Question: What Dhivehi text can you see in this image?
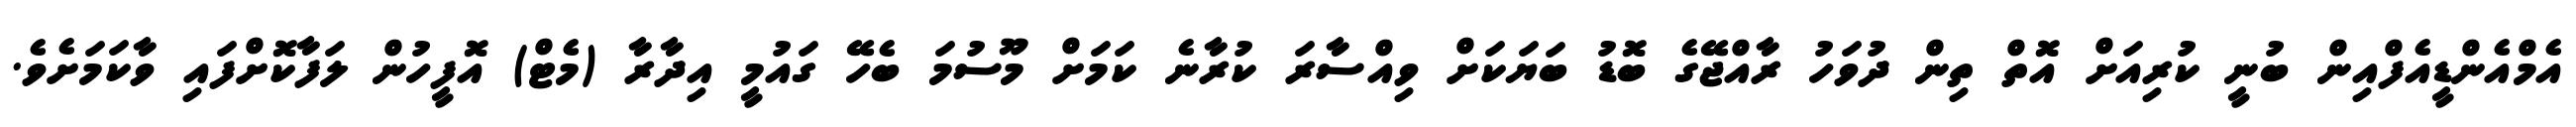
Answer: އެމްއެންޑީއެފްއިން ބުނީ ކުރިއަށް އޮތް ތިން ދުވަހު ރާއްޖޭގެ ބޮޑު ބަޔަކަށް ވިއްސާރަ ކުރާނެ ކަމަށް މޫސުމަ ބެހޭ ގައުމީ އިދާރާ (މެޓް) އޮފީހުން ލަފާކޮށްފައި ވާކަމަށެވެ.